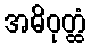
အဓိဝုတ္ထံ